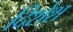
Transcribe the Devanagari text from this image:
दिशेश